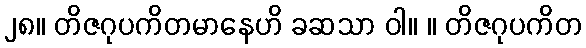
၂၈။ တိဇဂုပကိတမာနေဟိ ခဆသာ ဝါ။ ။ တိဇဂုပကိတ